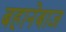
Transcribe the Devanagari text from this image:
बहानेबाज